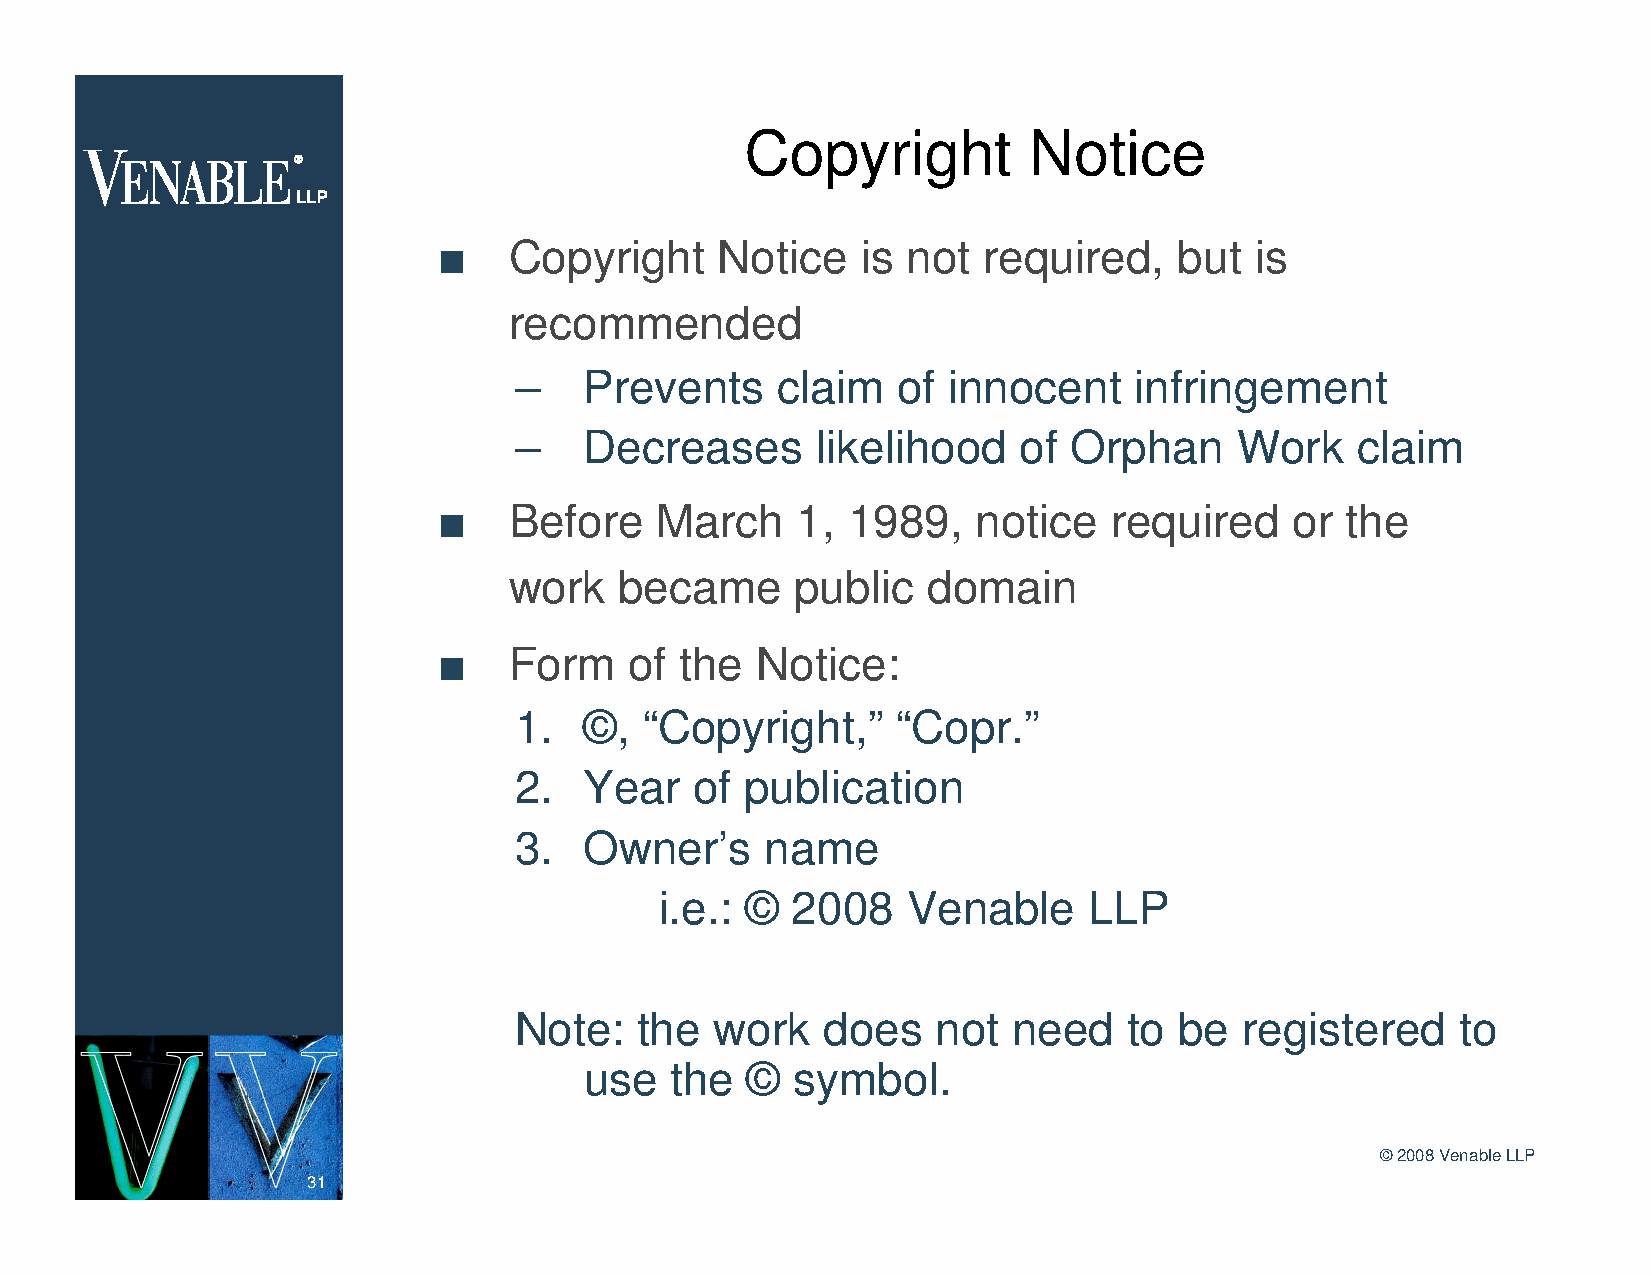
Copyright          Notice
 n    Copyright     Notice   is not  required,    but  is
 recommended
 –    Prevents    claim   of  innocent    infringement
 –    Decreases      likelihood    of Orphan     Work    claim
 n    Before   March     1, 1989,    notice   required    or the
 work   became      public  domain
 n    Form    of the  Notice:
 1.   ©,  “Copyright,”    “Copr.”
 2.   Year   of publication
 3.   Owner’s     name
 i.e.: © 2008    Venable     LLP
 Note:   the  work    does   not  need    to be  registered     to
 use  the  ©   symbol.
 ©2008 Venable LLP
 31